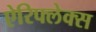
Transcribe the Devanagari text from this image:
ऐरिफ्लेक्स